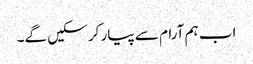
اب ہم آرام سے پیار کر سکیں گے۔